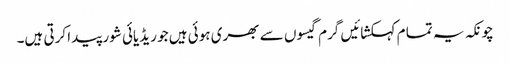
چونکہ یہ تما م کہکشائیں گرم گیسوں سے بھری ہوئی ہیں جو ریڈیائی شور پیدا کرتی ہیں۔